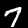
Digit: 7